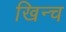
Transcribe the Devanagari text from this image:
खिन्च